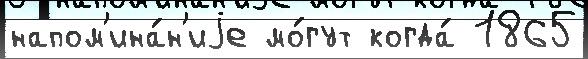
напом'ина́н'иjе мо́гут когда́ 1865